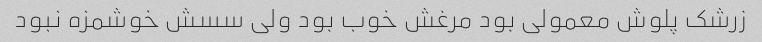
زرشک پلوش معمولی بود مرغش خوب بود ولی سسش خوشمزه نبود